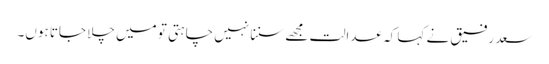
سعد رفیق نے کہا کہ عدالت مجھے سننا نہیں چاہتی تو میں چلا جاتا ہوں۔